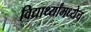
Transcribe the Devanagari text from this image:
विद्यार्थ्यांमध्येच